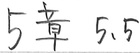
5章 5.5